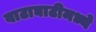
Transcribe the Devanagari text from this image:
वाटाघाटीमध्ये